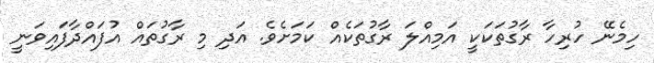
ހިމެނޭ ހުރިހާ ރާގުތަކަކީ އަމިއްލަ ރާގުތަކެއް ކަމަށެވެ. އަދި މި ރާގުތައް އުފައްދާފައިވަނީ